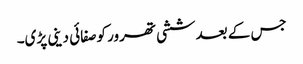
جس کے بعدششی تھرور کوصفائی دینی پڑی۔